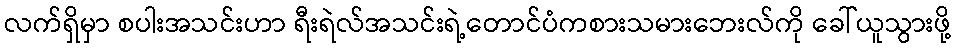
လက်ရှိမှာ စပါးအသင်းဟာ ရီးရဲလ်အသင်းရဲ့တောင်ပံကစားသမားဘေးလ်ကို ခေါ်ယူသွားဖို့